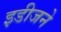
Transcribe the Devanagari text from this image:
इडीजने